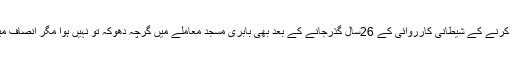
بابری مسجد منہدم کرنے کے شیطانی کارروائی کے 26سال گذرجانے کے بعد بھی بابری مسجد معاملے میں گرچہ دھوکہ تو نہیں ہوا مگر انصاف میں تاخیر ہوئی ہے۔